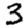
Digit: 3